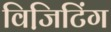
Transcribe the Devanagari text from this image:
विजि़टिंग